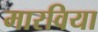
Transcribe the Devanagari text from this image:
मारविया